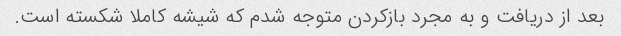
بعد از دریافت و به مجرد بازکردن متوجه شدم که شیشه کاملا شکسته است.